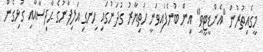
މީގެއިތުރުން "އެންޑީޓީވީ" އިން ބުނެފައިވަނީ ހަތިޔާރު ގުދަނުގައި ހިނގި އަލިފާނުގެ ޙާދިސާއާއި ގުޅިގެން